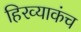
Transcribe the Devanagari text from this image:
हिरव्याकंच